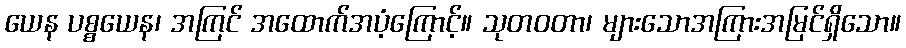
ယေန ပစ္စယေန၊ အကြင် အထောက်အပံ့ကြောင့်။ သုတဝတာ၊ များသောအကြားအမြင်ရှိသော။